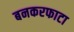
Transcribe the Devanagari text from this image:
बनकरफाटा